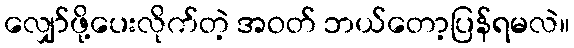
လျှော်ဖို့ပေးလိုက်တဲ့ အဝတ် ဘယ်တော့ပြန်ရမလဲ။